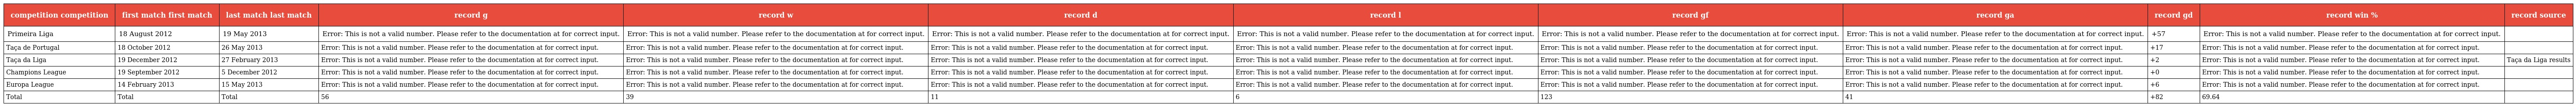
| competition competition | first match first match | last match last match | record g | record w | record d | record l | record gf | record ga | record gd | record win % | record source |
 | --- | --- | --- | --- | --- | --- | --- | --- | --- | --- | --- | --- |
 | Primeira Liga | 18 August 2012 | 19 May 2013 | Error: This is not a valid number. Please refer to the documentation at for correct input. | Error: This is not a valid number. Please refer to the documentation at for correct input. | Error: This is not a valid number. Please refer to the documentation at for correct input. | Error: This is not a valid number. Please refer to the documentation at for correct input. | Error: This is not a valid number. Please refer to the documentation at for correct input. | Error: This is not a valid number. Please refer to the documentation at for correct input. | +57 | Error: This is not a valid number. Please refer to the documentation at for correct input. |  |
 | Taça de Portugal | 18 October 2012 | 26 May 2013 | Error: This is not a valid number. Please refer to the documentation at for correct input. | Error: This is not a valid number. Please refer to the documentation at for correct input. | Error: This is not a valid number. Please refer to the documentation at for correct input. | Error: This is not a valid number. Please refer to the documentation at for correct input. | Error: This is not a valid number. Please refer to the documentation at for correct input. | Error: This is not a valid number. Please refer to the documentation at for correct input. | +17 | Error: This is not a valid number. Please refer to the documentation at for correct input. |  |
 | Taça da Liga | 19 December 2012 | 27 February 2013 | Error: This is not a valid number. Please refer to the documentation at for correct input. | Error: This is not a valid number. Please refer to the documentation at for correct input. | Error: This is not a valid number. Please refer to the documentation at for correct input. | Error: This is not a valid number. Please refer to the documentation at for correct input. | Error: This is not a valid number. Please refer to the documentation at for correct input. | Error: This is not a valid number. Please refer to the documentation at for correct input. | +2 | Error: This is not a valid number. Please refer to the documentation at for correct input. | Taça da Liga results |
 | Champions League | 19 September 2012 | 5 December 2012 | Error: This is not a valid number. Please refer to the documentation at for correct input. | Error: This is not a valid number. Please refer to the documentation at for correct input. | Error: This is not a valid number. Please refer to the documentation at for correct input. | Error: This is not a valid number. Please refer to the documentation at for correct input. | Error: This is not a valid number. Please refer to the documentation at for correct input. | Error: This is not a valid number. Please refer to the documentation at for correct input. | +0 | Error: This is not a valid number. Please refer to the documentation at for correct input. |  |
 | Europa League | 14 February 2013 | 15 May 2013 | Error: This is not a valid number. Please refer to the documentation at for correct input. | Error: This is not a valid number. Please refer to the documentation at for correct input. | Error: This is not a valid number. Please refer to the documentation at for correct input. | Error: This is not a valid number. Please refer to the documentation at for correct input. | Error: This is not a valid number. Please refer to the documentation at for correct input. | Error: This is not a valid number. Please refer to the documentation at for correct input. | +6 | Error: This is not a valid number. Please refer to the documentation at for correct input. |  |
 | Total | Total | Total | 56 | 39 | 11 | 6 | 123 | 41 | +82 | 69.64 |  |